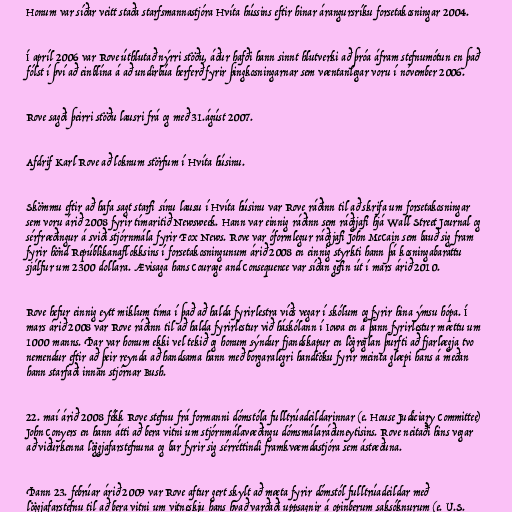
Honum var síðar veitt staða starfsmannastjóra Hvíta hússins eftir hinar árangursríku forsetakosningar 2004.

Í apríl 2006 var Rove úthlutað nýrri stöðu, áður hafði hann sinnt hlutverki að þróa áfram stefnumótun en það
fólst í því að einblína á að undirbúa herferð fyrir þingkosningarnar sem væntanlegar voru í nóvember 2006.

Rove sagði þeirri stöðu lausri frá og með 31.ágúst 2007.

Afdrif Karl Rove að loknum störfum í Hvíta húsinu.

Skömmu eftir að hafa sagt starfi sínu lausu í Hvíta húsinu var Rove ráðinn til að skrifa um forsetakosningar
sem voru árið 2008 fyrir tímaritið Newsweek. Hann var einnig ráðinn sem ráðgjafi hjá Wall Street Journal og
sérfræðingur á sviði stjórnmála fyrir Fox News. Rove var óformlegur ráðgjafi John McCain sem bauð sig fram
fyrir hönd Repúblikanaflokksins í forsetakosningunum árið 2008 en einnig styrkti hann þá kosningabaráttu
sjálfur um 2300 dollara. Ævisaga hans Courage and Consequence var síðan gefin út í mars árið 2010.

Rove hefur einnig eytt miklum tíma í það að halda fyrirlestra víðs vegar í skólum og fyrir hina ýmsu hópa. Í
mars árið 2008 var Rove ráðinn til að halda fyrirlestur við háskólann í Iowa en á þann fyrirlestur mættu um
1000 manns. Þar var honum ekki vel tekið og honum sýndur fjandskapur en lögreglan þurfti að fjarlægja tvo
nemendur eftir að þeir reynda að handsama hann með borgaralegri handtöku fyrir meinta glæpi hans á meðan
hann starfaði innan stjórnar Bush.

22. maí árið 2008 fékk Rove stefnu frá formanni dómstóla fulltrúadeildarinnar (e. House Judiciary Committee)
John Conyers en hann átti að bera vitni um stjórnmálavæðingu dómsmálaráðuneytisins. Rove neitaði hins vegar
að viðurkenna löggjafarstefnuna og bar fyrir sig sérréttindi framkvæmdastjóra sem ástæðuna.

Þann 23. febrúar árið 2009 var Rove aftur gert skylt að mæta fyrir dómstól fulltrúadeildar með
löggjafarstefnu til að bera vitni um vitneskju hans hvað varðaði uppsagnir á opinberum saksóknurum (e. U.S.